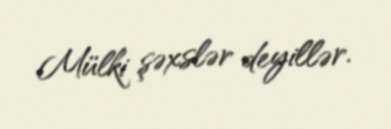
Mülki şəxslər deyillər.